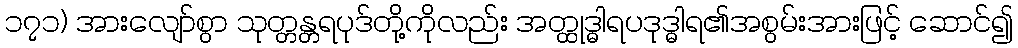
၁၇၁) အားလျော်စွာ သုတ္တန္တရပုဒ်တို့ကိုလည်း အတ္ထုဒ္ဓါရပဒုဒ္ဓါရ၏အစွမ်းအားဖြင့် ဆောင်၍